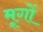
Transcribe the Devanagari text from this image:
मूगों